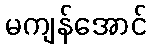
မကျန်အောင်